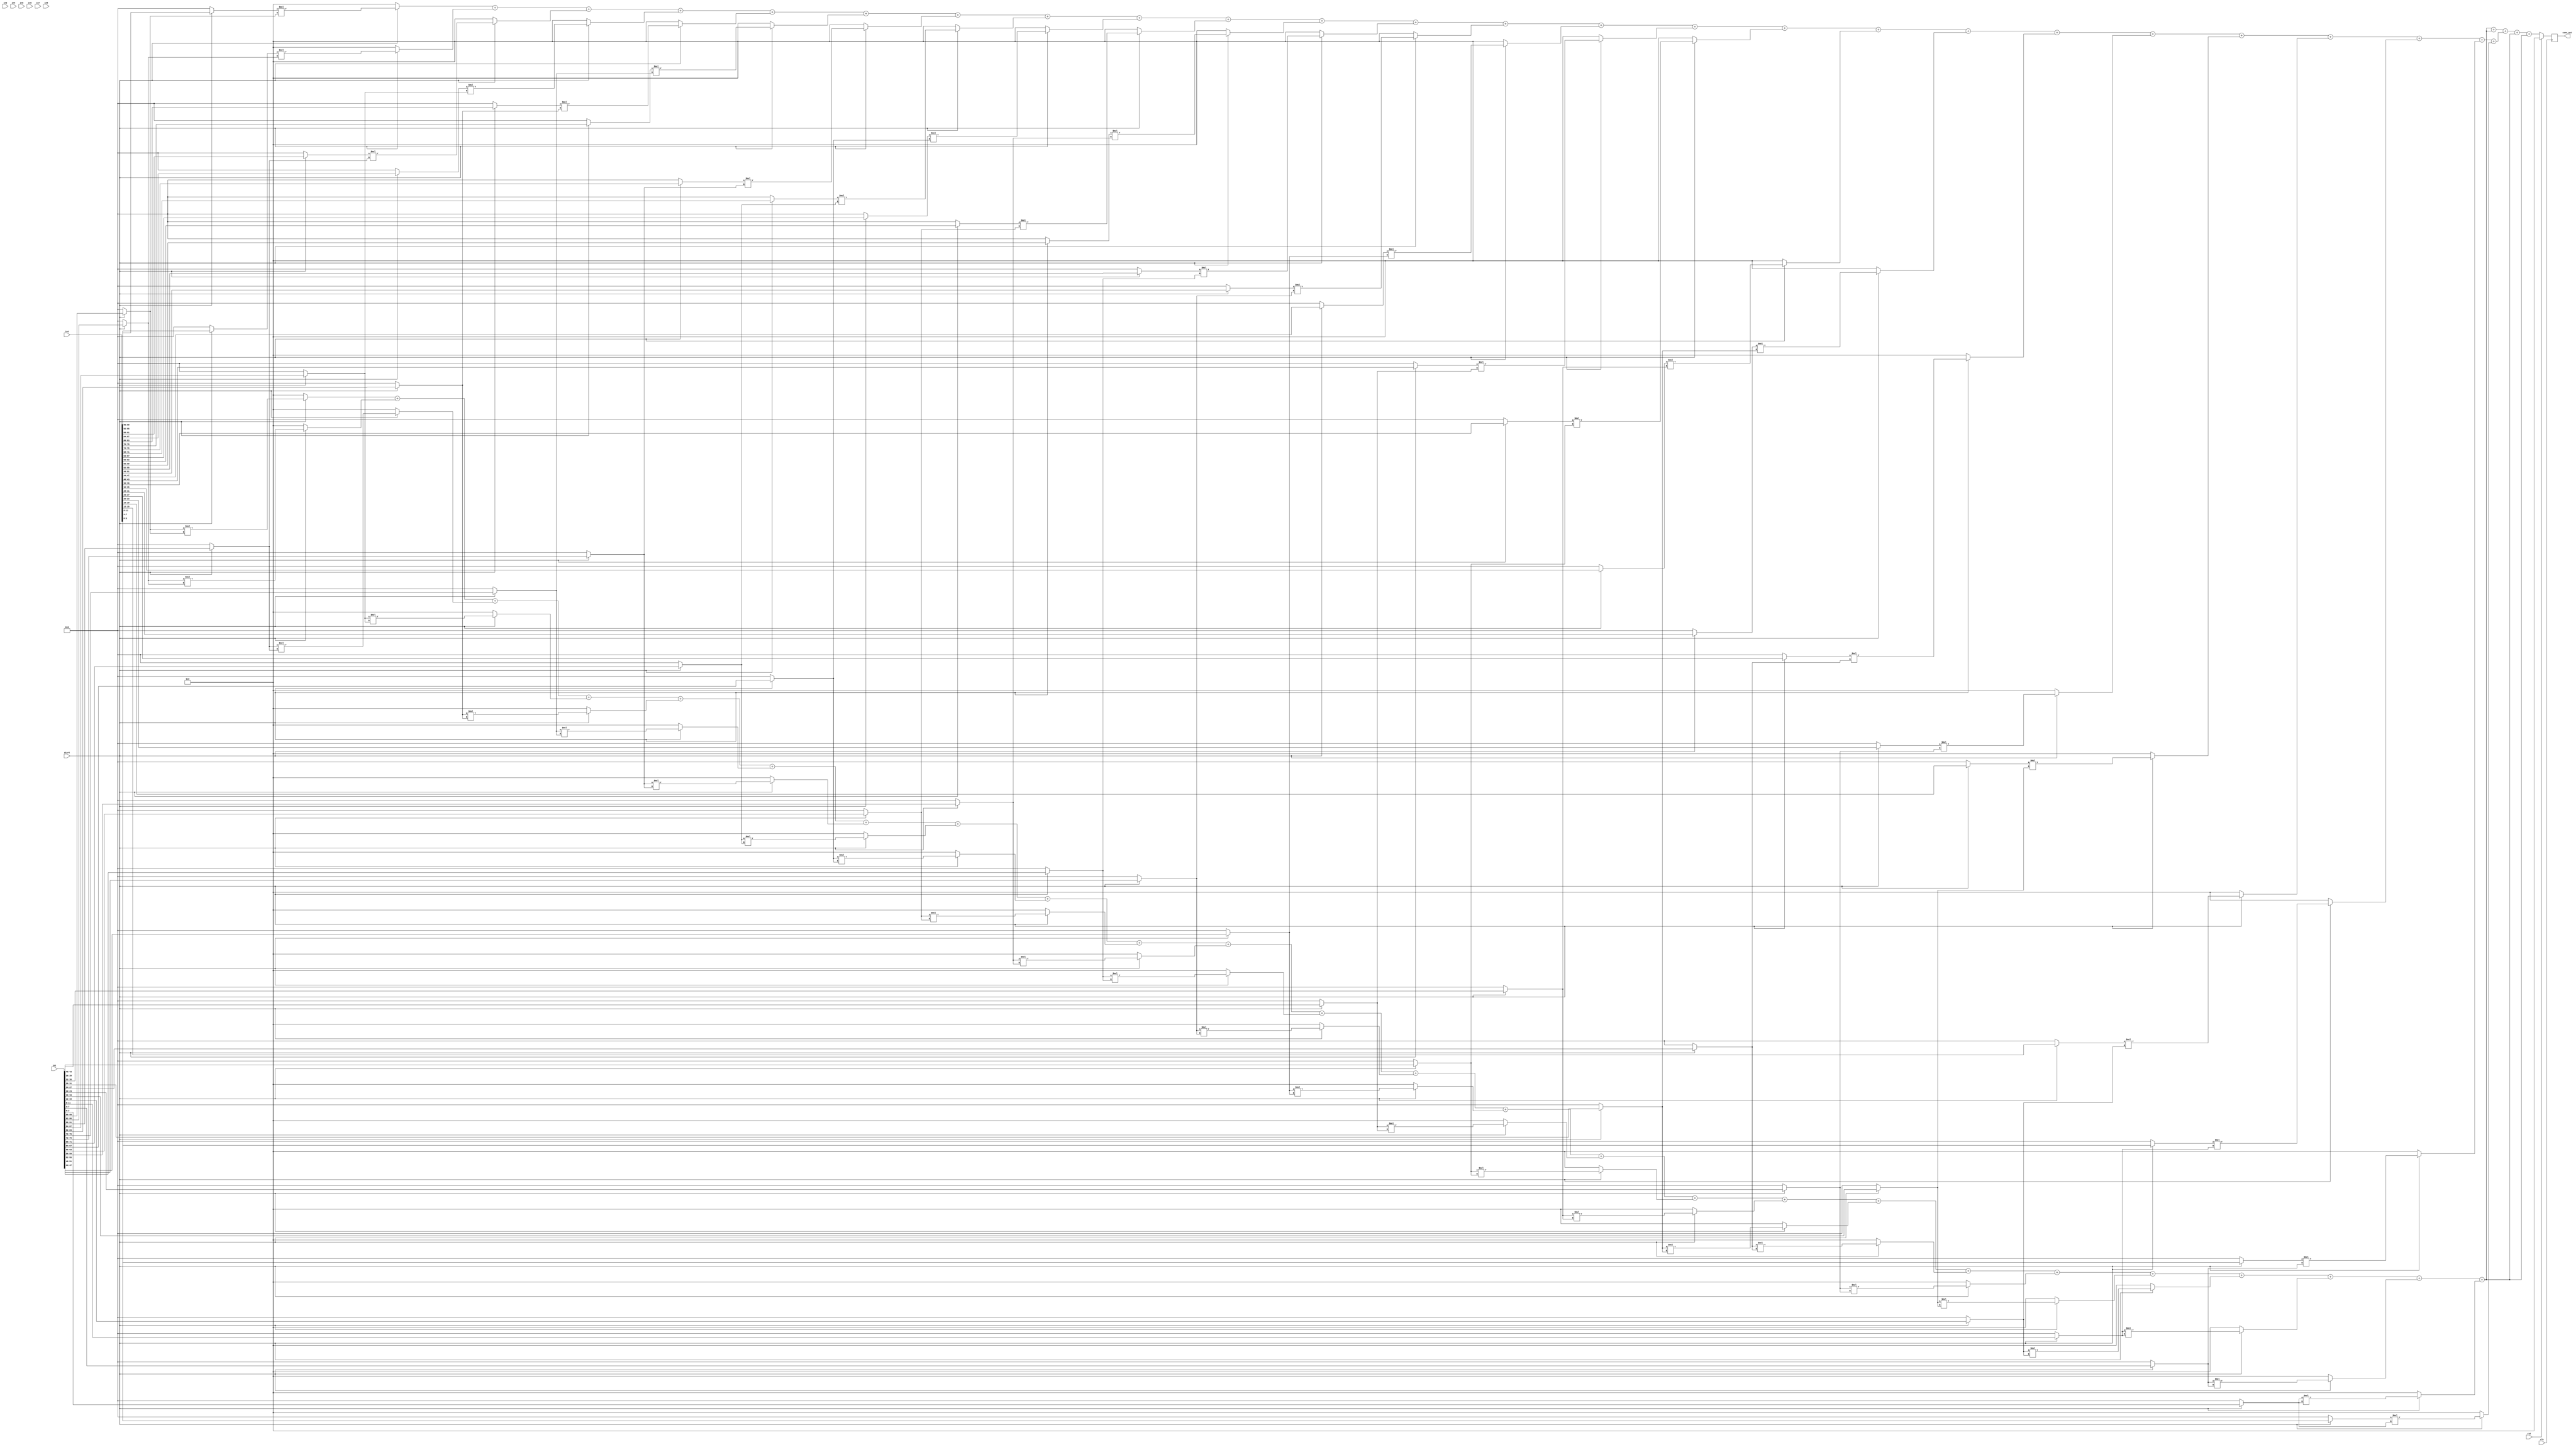
`timescale 1ns / 1ps
//////////////////////////////////////////////////////////////////////////////////
// Company:
// Engineer:
//
// Design Name:
// Module Name:    convolution_stage2
// Project Name:
// Target Devices:
// Tool versions:
// Description:
//
// Dependencies:
//
// Revision:
// Revision 0.01 - File Created
// Additional Comments:
//
//////////////////////////////////////////////////////////////////////////////////
module convolution_stage2 (
          in1,
          in2,
          in3,
          in4,
          in5,
          in6,
          in7,
          in8,
          clk,
          rst,
          start,
          conv_out
  );

//Input and Output declaration
input [99:0] in1, in2, in3, in4, in5, in6, in7, in8;
input         clk, rst, start;
output reg [7:0] conv_out;

//Internal registers and wires declaration
wire  [3:0]  in1_1, in1_2, in1_3, in1_4, in1_5, in1_6, in1_7, in1_8, in1_9, in1_10, in1_11, in1_12, in1_13;
wire [3:0]   in1_14, in1_15, in1_16, in1_17, in1_18, in1_19, in1_20, in1_21, in1_22, in1_23, in1_24, in1_25;
wire  [3:0]  in2_1, in2_2, in2_3, in2_4, in2_5, in2_6, in2_7, in2_8, in2_9, in2_10, in2_11, in2_12, in2_13;
wire [3:0]   in2_14, in2_15, in2_16, in2_17, in2_18, in2_19, in2_20, in2_21, in2_22, in2_23, in2_24, in2_25;
wire  [3:0]  in3_1, in3_2, in3_3, in3_4, in3_5, in3_6, in3_7, in3_8, in3_9, in3_10, in3_11, in3_12, in3_13;
wire [3:0]   in3_14, in3_15, in3_16, in3_17, in3_18, in3_19, in3_20, in3_21, in3_22, in3_23, in3_24, in3_25;
wire  [3:0]  in4_1, in4_2, in4_3, in4_4, in4_5, in4_6, in4_7, in4_8, in4_9, in4_10, in4_11, in4_12, in4_13;
wire [3:0]   in4_14, in4_15, in4_16, in4_17, in4_18, in4_19, in4_20, in4_21, in4_22, in4_23, in4_24, in4_25;
wire  [3:0]  in5_1, in5_2, in5_3, in5_4, in5_5, in5_6, in5_7, in5_8, in5_9, in5_10, in5_11, in5_12, in5_13;
wire [3:0]   in5_14, in5_15, in5_16, in5_17, in5_18, in5_19, in5_20, in5_21, in5_22, in5_23, in5_24, in5_25;
wire  [3:0]  in6_1, in6_2, in6_3, in6_4, in6_5, in6_6, in6_7, in6_8, in6_9, in6_10, in6_11, in6_12, in6_13;
wire [3:0]   in6_14, in6_15, in6_16, in6_17, in6_18, in6_19, in6_20, in6_21, in6_22, in6_23, in6_24, in6_25;
wire  [3:0]  in7_1, in7_2, in7_3, in7_4, in7_5, in7_6, in7_7, in7_8, in7_9, in7_10, in7_11, in7_12, in7_13;
wire [3:0]   in7_14, in7_15, in7_16, in7_17, in7_18, in7_19, in7_20, in7_21, in7_22, in7_23, in7_24, in7_25;
wire  [3:0]  in8_1, in8_2, in8_3, in8_4, in8_5, in8_6, in8_7, in8_8, in8_9, in8_10, in8_11, in8_12, in8_13;
wire [3:0]   in8_14, in8_15, in8_16, in8_17, in8_18, in8_19, in8_20, in8_21, in8_22, in8_23, in8_24, in8_25;
wire [8:0]   sum1, sum2, sum3, sum4;
wire  [7:0]  mul1_1, mul1_2, mul1_3, mul1_4, mul1_5, mul1_6, mul1_7, mul1_8, mul1_9, mul1_10, mul1_11, mul1_12, mul1_13;
wire [7:0]   mul1_14, mul1_15, mul1_16, mul1_17, mul1_18, mul1_19, mul1_20, mul1_21, mul1_22, mul1_23, mul1_24, mul1_25;
wire  [7:0]  mul2_1, mul2_2, mul2_3, mul2_4, mul2_5, mul2_6, mul2_7, mul2_8, mul2_9, mul2_10, mul2_11, mul2_12, mul2_13;
wire [7:0]   mul2_14, mul2_15, mul2_16, mul2_17, mul2_18, mul2_19, mul2_20, mul2_21, mul2_22, mul2_23, mul2_24, mul2_25;
wire  [7:0]  mul3_1, mul3_2, mul3_3, mul3_4, mul3_5, mul3_6, mul3_7, mul3_8, mul3_9, mul3_10, mul3_11, mul3_12, mul3_13;
wire [7:0]   mul3_14, mul3_15, mul3_16, mul3_17, mul3_18, mul3_19, mul3_20, mul3_21, mul3_22, mul3_23, mul3_24, mul3_25;
wire  [7:0]  mul4_1, mul4_2, mul4_3, mul4_4, mul4_5, mul4_6, mul4_7, mul4_8, mul4_9, mul4_10, mul4_11, mul4_12, mul4_13;
wire [7:0]   mul4_14, mul4_15, mul4_16, mul4_17, mul4_18, mul4_19, mul4_20, mul4_21, mul4_22, mul4_23, mul4_24, mul4_25;
wire [8:0]   temp_out;


//Top to bottom logic flow

//output logic
always @ ( posedge clk ) begin
  if (rst) begin
  conv_out  <=  0;
  end
  else
    begin
      conv_out <= temp_out[7:0];
    end
end


//determining input to multipliers from the module inputs

assign in1_1 	= (start) ? in1[99:96]   	: 4'h0;
assign in1_2 	= (start) ? in1[95:92]   	: 4'h0;
assign in1_3 	= (start) ? in1[91:88]   	: 4'h0;
assign in1_4 	= (start) ? in1[87:84]   	: 4'h0;
assign in1_5 	= (start) ? in1[83:80]   	: 4'h0;
assign in1_6 	= (start) ? in1[79:76]   	: 4'h0;
assign in1_7 	= (start) ? in1[75:72]   	: 4'h0;
assign in1_8 	= (start) ? in1[71:68]   	: 4'h0;
assign in1_9 	= (start) ? in1[67:64]   	: 4'h0;
assign in1_10 	= (start) ? in1[63:60]  	: 4'h0;
assign in1_11 	= (start) ? in1[59:56]  	: 4'h0;
assign in1_12 	= (start) ? in1[55:52]  	: 4'h0;
assign in1_13 	= (start) ? in1[51:48]  	: 4'h0;
assign in1_14	= (start) ? in1[47:44]  	: 4'h0;
assign in1_15 	= (start) ? in1[43:40]  	: 4'h0;
assign in1_16 	= (start) ? in1[39:36]  	: 4'h0;
assign in1_17 	= (start) ? in1[35:32]  	: 4'h0;
assign in1_18 	= (start) ? in1[31:28]  	: 4'h0;
assign in1_19 	= (start) ? in1[27:24]  	: 4'h0;
assign in1_20 	= (start) ? in1[23:20]  	: 4'h0;
assign in1_21 	= (start) ? in1[19:16]  	: 4'h0;
assign in1_22 	= (start) ? in1[15:12]  	: 4'h0;
assign in1_23 	= (start) ? in1[11:8]   	: 4'h0;
assign in1_24 	= (start) ? in1[7:4]    	: 4'h0;
assign in1_25 	= (start) ? in1[3:0]   		: 4'h0;

assign in2_1 	= (start) ? in2[99:96]   	: 4'h0;
assign in2_2 	= (start) ? in2[95:92]   	: 4'h0;
assign in2_3 	= (start) ? in2[91:88]   	: 4'h0;
assign in2_4 	= (start) ? in2[87:84]   	: 4'h0;
assign in2_5 	= (start) ? in2[83:80]   	: 4'h0;
assign in2_6 	= (start) ? in2[79:76]   	: 4'h0;
assign in2_7 	= (start) ? in2[75:72]   	: 4'h0;
assign in2_8 	= (start) ? in2[71:68]   	: 4'h0;
assign in2_9 	= (start) ? in2[67:64]   	: 4'h0;
assign in2_10 	= (start) ? in2[63:60]  	: 4'h0;
assign in2_11 	= (start) ? in2[59:56]  	: 4'h0;
assign in2_12 	= (start) ? in2[55:52]  	: 4'h0;
assign in2_13 	= (start) ? in2[51:48]  	: 4'h0;
assign in2_14	= (start) ? in2[47:44]  	: 4'h0;
assign in2_15 	= (start) ? in2[43:40]  	: 4'h0;
assign in2_16 	= (start) ? in2[39:36]  	: 4'h0;
assign in2_17 	= (start) ? in2[35:32]  	: 4'h0;
assign in2_18 	= (start) ? in2[31:28]  	: 4'h0;
assign in2_19 	= (start) ? in2[27:24]  	: 4'h0;
assign in2_20 	= (start) ? in2[23:20]  	: 4'h0;
assign in2_21 	= (start) ? in2[19:16]  	: 4'h0;
assign in2_22 	= (start) ? in2[15:12]  	: 4'h0;
assign in2_23 	= (start) ? in2[11:8]   	: 4'h0;
assign in2_24 	= (start) ? in2[7:4]    	: 4'h0;
assign in2_25 	= (start) ? in2[3:0]   		: 4'h0;

assign in3_1 	= (start) ? in1[99:96]   	: 4'h0;
assign in3_2 	= (start) ? in1[95:92]   	: 4'h0;
assign in3_3 	= (start) ? in1[91:88]   	: 4'h0;
assign in3_4 	= (start) ? in1[87:84]   	: 4'h0;
assign in3_5 	= (start) ? in1[83:80]   	: 4'h0;
assign in3_6 	= (start) ? in1[79:76]   	: 4'h0;
assign in3_7 	= (start) ? in1[75:72]   	: 4'h0;
assign in3_8 	= (start) ? in1[71:68]   	: 4'h0;
assign in3_9 	= (start) ? in1[67:64]   	: 4'h0;
assign in3_10 	= (start) ? in1[63:60]  	: 4'h0;
assign in3_11 	= (start) ? in1[59:56]  	: 4'h0;
assign in3_12 	= (start) ? in1[55:52]  	: 4'h0;
assign in3_13 	= (start) ? in1[51:48]  	: 4'h0;
assign in3_14	= (start) ? in1[47:44]  	: 4'h0;
assign in3_15 	= (start) ? in1[43:40]  	: 4'h0;
assign in3_16 	= (start) ? in1[39:36]  	: 4'h0;
assign in3_17 	= (start) ? in1[35:32]  	: 4'h0;
assign in3_18 	= (start) ? in1[31:28]  	: 4'h0;
assign in3_19 	= (start) ? in1[27:24]  	: 4'h0;
assign in3_20 	= (start) ? in1[23:20]  	: 4'h0;
assign in3_21 	= (start) ? in1[19:16]  	: 4'h0;
assign in3_22 	= (start) ? in1[15:12]  	: 4'h0;
assign in3_23 	= (start) ? in1[11:8]   	: 4'h0;
assign in3_24 	= (start) ? in1[7:4]    	: 4'h0;
assign in3_25 	= (start) ? in1[3:0]   		: 4'h0;

assign in4_1 	= (start) ? in1[99:96]   	: 4'h0;
assign in4_2 	= (start) ? in1[95:92]   	: 4'h0;
assign in4_3 	= (start) ? in1[91:88]   	: 4'h0;
assign in4_4 	= (start) ? in1[87:84]   	: 4'h0;
assign in4_5 	= (start) ? in1[83:80]   	: 4'h0;
assign in4_6 	= (start) ? in1[79:76]   	: 4'h0;
assign in4_7 	= (start) ? in1[75:72]   	: 4'h0;
assign in4_8 	= (start) ? in1[71:68]   	: 4'h0;
assign in4_9 	= (start) ? in1[67:64]   	: 4'h0;
assign in4_10 	= (start) ? in1[63:60]  	: 4'h0;
assign in4_11 	= (start) ? in1[59:56]  	: 4'h0;
assign in4_12 	= (start) ? in1[55:52]  	: 4'h0;
assign in4_13 	= (start) ? in1[51:48]  	: 4'h0;
assign in4_14	= (start) ? in1[47:44]  	: 4'h0;
assign in4_15 	= (start) ? in1[43:40]  	: 4'h0;
assign in4_16 	= (start) ? in1[39:36]  	: 4'h0;
assign in4_17 	= (start) ? in1[35:32]  	: 4'h0;
assign in4_18 	= (start) ? in1[31:28]  	: 4'h0;
assign in4_19 	= (start) ? in1[27:24]  	: 4'h0;
assign in4_20 	= (start) ? in1[23:20]  	: 4'h0;
assign in4_21 	= (start) ? in1[19:16]  	: 4'h0;
assign in4_22 	= (start) ? in1[15:12]  	: 4'h0;
assign in4_23 	= (start) ? in1[11:8]   	: 4'h0;
assign in4_24 	= (start) ? in1[7:4]    	: 4'h0;
assign in4_25 	= (start) ? in1[3:0]   		: 4'h0;

assign in5_1 	= (start) ? in1[99:96]   	: 4'h0;
assign in5_2 	= (start) ? in1[95:92]   	: 4'h0;
assign in5_3 	= (start) ? in1[91:88]   	: 4'h0;
assign in5_4 	= (start) ? in1[87:84]   	: 4'h0;
assign in5_5 	= (start) ? in1[83:80]   	: 4'h0;
assign in5_6 	= (start) ? in1[79:76]   	: 4'h0;
assign in5_7 	= (start) ? in1[75:72]   	: 4'h0;
assign in5_8 	= (start) ? in1[71:68]   	: 4'h0;
assign in5_9 	= (start) ? in1[67:64]   	: 4'h0;
assign in5_10 	= (start) ? in1[63:60]  	: 4'h0;
assign in5_11 	= (start) ? in1[59:56]  	: 4'h0;
assign in5_12 	= (start) ? in1[55:52]  	: 4'h0;
assign in5_13 	= (start) ? in1[51:48]  	: 4'h0;
assign in5_14	= (start) ? in1[47:44]  	: 4'h0;
assign in5_15 	= (start) ? in1[43:40]  	: 4'h0;
assign in5_16 	= (start) ? in1[39:36]  	: 4'h0;
assign in5_17 	= (start) ? in1[35:32]  	: 4'h0;
assign in5_18 	= (start) ? in1[31:28]  	: 4'h0;
assign in5_19 	= (start) ? in1[27:24]  	: 4'h0;
assign in5_20 	= (start) ? in1[23:20]  	: 4'h0;
assign in5_21 	= (start) ? in1[19:16]  	: 4'h0;
assign in5_22 	= (start) ? in1[15:12]  	: 4'h0;
assign in5_23 	= (start) ? in1[11:8]   	: 4'h0;
assign in5_24 	= (start) ? in1[7:4]    	: 4'h0;
assign in5_25 	= (start) ? in1[3:0]   		: 4'h0;

assign in6_1 	= (start) ? in1[99:96]   	: 4'h0;
assign in6_2 	= (start) ? in1[95:92]   	: 4'h0;
assign in6_3 	= (start) ? in1[91:88]   	: 4'h0;
assign in6_4 	= (start) ? in1[87:84]   	: 4'h0;
assign in6_5 	= (start) ? in1[83:80]   	: 4'h0;
assign in6_6 	= (start) ? in1[79:76]   	: 4'h0;
assign in6_7 	= (start) ? in1[75:72]   	: 4'h0;
assign in6_8 	= (start) ? in1[71:68]   	: 4'h0;
assign in6_9 	= (start) ? in1[67:64]   	: 4'h0;
assign in6_10 	= (start) ? in1[63:60]  	: 4'h0;
assign in6_11 	= (start) ? in1[59:56]  	: 4'h0;
assign in6_12 	= (start) ? in1[55:52]  	: 4'h0;
assign in6_13 	= (start) ? in1[51:48]  	: 4'h0;
assign in6_14	= (start) ? in1[47:44]  	: 4'h0;
assign in6_15 	= (start) ? in1[43:40]  	: 4'h0;
assign in6_16 	= (start) ? in1[39:36]  	: 4'h0;
assign in6_17 	= (start) ? in1[35:32]  	: 4'h0;
assign in6_18 	= (start) ? in1[31:28]  	: 4'h0;
assign in6_19 	= (start) ? in1[27:24]  	: 4'h0;
assign in6_20 	= (start) ? in1[23:20]  	: 4'h0;
assign in6_21 	= (start) ? in1[19:16]  	: 4'h0;
assign in6_22 	= (start) ? in1[15:12]  	: 4'h0;
assign in6_23 	= (start) ? in1[11:8]   	: 4'h0;
assign in6_24 	= (start) ? in1[7:4]    	: 4'h0;
assign in6_25 	= (start) ? in1[3:0]   		: 4'h0;

assign in7_1 	= (start) ? in1[99:96]   	: 4'h0;
assign in7_2 	= (start) ? in1[95:92]   	: 4'h0;
assign in7_3 	= (start) ? in1[91:88]   	: 4'h0;
assign in7_4 	= (start) ? in1[87:84]   	: 4'h0;
assign in7_5 	= (start) ? in1[83:80]   	: 4'h0;
assign in7_6 	= (start) ? in1[79:76]   	: 4'h0;
assign in7_7 	= (start) ? in1[75:72]   	: 4'h0;
assign in7_8 	= (start) ? in1[71:68]   	: 4'h0;
assign in7_9 	= (start) ? in1[67:64]   	: 4'h0;
assign in7_10 	= (start) ? in1[63:60]  	: 4'h0;
assign in7_11 	= (start) ? in1[59:56]  	: 4'h0;
assign in7_12 	= (start) ? in1[55:52]  	: 4'h0;
assign in7_13 	= (start) ? in1[51:48]  	: 4'h0;
assign in7_14	= (start) ? in1[47:44]  	: 4'h0;
assign in7_15 	= (start) ? in1[43:40]  	: 4'h0;
assign in7_16 	= (start) ? in1[39:36]  	: 4'h0;
assign in7_17 	= (start) ? in1[35:32]  	: 4'h0;
assign in7_18 	= (start) ? in1[31:28]  	: 4'h0;
assign in7_19 	= (start) ? in1[27:24]  	: 4'h0;
assign in7_20 	= (start) ? in1[23:20]  	: 4'h0;
assign in7_21 	= (start) ? in1[19:16]  	: 4'h0;
assign in7_22 	= (start) ? in1[15:12]  	: 4'h0;
assign in7_23 	= (start) ? in1[11:8]   	: 4'h0;
assign in7_24 	= (start) ? in1[7:4]    	: 4'h0;
assign in7_25 	= (start) ? in1[3:0]   		: 4'h0;

assign in8_1 	= (start) ? in1[99:96]   	: 4'h0;
assign in8_2 	= (start) ? in1[95:92]   	: 4'h0;
assign in8_3 	= (start) ? in1[91:88]   	: 4'h0;
assign in8_4 	= (start) ? in1[87:84]   	: 4'h0;
assign in8_5 	= (start) ? in1[83:80]   	: 4'h0;
assign in8_6 	= (start) ? in1[79:76]   	: 4'h0;
assign in8_7 	= (start) ? in1[75:72]   	: 4'h0;
assign in8_8 	= (start) ? in1[71:68]   	: 4'h0;
assign in8_9 	= (start) ? in1[67:64]   	: 4'h0;
assign in8_10 	= (start) ? in1[63:60]  	: 4'h0;
assign in8_11 	= (start) ? in1[59:56]  	: 4'h0;
assign in8_12 	= (start) ? in1[55:52]  	: 4'h0;
assign in8_13 	= (start) ? in1[51:48]  	: 4'h0;
assign in8_14	= (start) ? in1[47:44]  	: 4'h0;
assign in8_15 	= (start) ? in1[43:40]  	: 4'h0;
assign in8_16 	= (start) ? in1[39:36]  	: 4'h0;
assign in8_17 	= (start) ? in1[35:32]  	: 4'h0;
assign in8_18 	= (start) ? in1[31:28]  	: 4'h0;
assign in8_19 	= (start) ? in1[27:24]  	: 4'h0;
assign in8_20 	= (start) ? in1[23:20]  	: 4'h0;
assign in8_21 	= (start) ? in1[19:16]  	: 4'h0;
assign in8_22 	= (start) ? in1[15:12]  	: 4'h0;
assign in8_23 	= (start) ? in1[11:8]   	: 4'h0;
assign in8_24 	= (start) ? in1[7:4]    	: 4'h0;
assign in8_25 	= (start) ? in1[3:0]   		: 4'h0;


//generating all multiplications

assign mul1_1 = (start) ? (in1_1 * in5_1) : 8'h00;
assign mul1_2 = (start) ? (in1_2 * in5_2) : 8'h00;
assign mul1_3 = (start) ? (in1_3 * in5_3) : 8'h00;
assign mul1_4 = (start) ? (in1_4 * in5_4) : 8'h00;
assign mul1_5 = (start) ? (in1_5 * in5_5) : 8'h00;
assign mul1_6 = (start) ? (in1_6 * in5_6) : 8'h00;
assign mul1_7 = (start) ? (in1_7 * in5_7) : 8'h00;
assign mul1_8 = (start) ? (in1_8 * in5_8) : 8'h00;
assign mul1_9 = (start) ? (in1_9 * in5_9) : 8'h00;
assign mul1_10 = (start) ? (in1_10 * in5_10) : 8'h00;
assign mul1_11 = (start) ? (in1_11 * in5_11) : 8'h00;
assign mul1_12 = (start) ? (in1_12 * in5_12) : 8'h00;
assign mul1_13 = (start) ? (in1_13 * in5_13) : 8'h00;
assign mul1_14 = (start) ? (in1_14 * in5_14) : 8'h00;
assign mul1_15 = (start) ? (in1_15 * in5_15) : 8'h00;
assign mul1_16 = (start) ? (in1_16 * in5_16) : 8'h00;
assign mul1_17 = (start) ? (in1_17 * in5_17) : 8'h00;
assign mul1_18 = (start) ? (in1_18 * in5_18) : 8'h00;
assign mul1_19 = (start) ? (in1_19 * in5_19) : 8'h00;
assign mul1_20 = (start) ? (in1_20 * in5_20) : 8'h00;
assign mul1_21 = (start) ? (in1_21 * in5_21) : 8'h00;
assign mul1_22 = (start) ? (in1_22 * in5_22) : 8'h00;
assign mul1_23 = (start) ? (in1_23 * in5_23) : 8'h00;
assign mul1_24 = (start) ? (in1_24 * in5_24) : 8'h00;
assign mul1_25 = (start) ? (in1_25 * in5_25) : 8'h00;

assign mul2_1 = (start) ? (in2_1 * in6_1) : 8'h00;
assign mul2_2 = (start) ? (in2_2 * in6_2) : 8'h00;
assign mul2_3 = (start) ? (in2_3 * in6_3) : 8'h00;
assign mul2_4 = (start) ? (in2_4 * in6_4) : 8'h00;
assign mul2_5 = (start) ? (in2_5 * in6_5) : 8'h00;
assign mul2_6 = (start) ? (in2_6 * in6_6) : 8'h00;
assign mul2_7 = (start) ? (in2_7 * in6_7) : 8'h00;
assign mul2_8 = (start) ? (in2_8 * in6_8) : 8'h00;
assign mul2_9 = (start) ? (in2_9 * in6_9) : 8'h00;
assign mul2_10 = (start) ? (in2_10 * in6_10) : 8'h00;
assign mul2_11 = (start) ? (in2_11 * in6_11) : 8'h00;
assign mul2_12 = (start) ? (in2_12 * in6_12) : 8'h00;
assign mul2_13 = (start) ? (in2_13 * in6_13) : 8'h00;
assign mul2_14 = (start) ? (in2_14 * in6_14) : 8'h00;
assign mul2_15 = (start) ? (in2_15 * in6_15) : 8'h00;
assign mul2_16 = (start) ? (in2_16 * in6_16) : 8'h00;
assign mul2_17 = (start) ? (in2_17 * in6_17) : 8'h00;
assign mul2_18 = (start) ? (in2_18 * in6_18) : 8'h00;
assign mul2_19 = (start) ? (in2_19 * in6_19) : 8'h00;
assign mul2_20 = (start) ? (in2_20 * in6_20) : 8'h00;
assign mul2_21 = (start) ? (in2_21 * in6_21) : 8'h00;
assign mul2_22 = (start) ? (in2_22 * in6_22) : 8'h00;
assign mul2_23 = (start) ? (in2_23 * in6_23) : 8'h00;
assign mul2_24 = (start) ? (in2_24 * in6_24) : 8'h00;
assign mul2_25 = (start) ? (in2_25 * in6_25) : 8'h00;

assign mul3_1 = (start) ? (in3_1 * in7_1) : 8'h00;
assign mul3_2 = (start) ? (in3_2 * in7_2) : 8'h00;
assign mul3_3 = (start) ? (in3_3 * in7_3) : 8'h00;
assign mul3_4 = (start) ? (in3_4 * in7_4) : 8'h00;
assign mul3_5 = (start) ? (in3_5 * in7_5) : 8'h00;
assign mul3_6 = (start) ? (in3_6 * in7_6) : 8'h00;
assign mul3_7 = (start) ? (in3_7 * in7_7) : 8'h00;
assign mul3_8 = (start) ? (in3_8 * in7_8) : 8'h00;
assign mul3_9 = (start) ? (in3_9 * in7_9) : 8'h00;
assign mul3_10 = (start) ? (in3_10 * in7_10) : 8'h00;
assign mul3_11 = (start) ? (in3_11 * in7_11) : 8'h00;
assign mul3_12 = (start) ? (in3_12 * in7_12) : 8'h00;
assign mul3_13 = (start) ? (in3_13 * in7_13) : 8'h00;
assign mul3_14 = (start) ? (in3_14 * in7_14) : 8'h00;
assign mul3_15 = (start) ? (in3_15 * in7_15) : 8'h00;
assign mul3_16 = (start) ? (in3_16 * in7_16) : 8'h00;
assign mul3_17 = (start) ? (in3_17 * in7_17) : 8'h00;
assign mul3_18 = (start) ? (in3_18 * in7_18) : 8'h00;
assign mul3_19 = (start) ? (in3_19 * in7_19) : 8'h00;
assign mul3_20 = (start) ? (in3_20 * in7_20) : 8'h00;
assign mul3_21 = (start) ? (in3_21 * in7_21) : 8'h00;
assign mul3_22 = (start) ? (in3_22 * in7_22) : 8'h00;
assign mul3_23 = (start) ? (in3_23 * in7_23) : 8'h00;
assign mul3_24 = (start) ? (in3_24 * in7_24) : 8'h00;
assign mul3_25 = (start) ? (in3_25 * in7_25) : 8'h00;

assign mul4_1 = (start) ? (in4_1 * in8_1) : 8'h00;
assign mul4_2 = (start) ? (in4_2 * in8_2) : 8'h00;
assign mul4_3 = (start) ? (in4_3 * in8_3) : 8'h00;
assign mul4_4 = (start) ? (in4_4 * in8_4) : 8'h00;
assign mul4_5 = (start) ? (in4_5 * in8_5) : 8'h00;
assign mul4_6 = (start) ? (in4_6 * in8_6) : 8'h00;
assign mul4_7 = (start) ? (in4_7 * in8_7) : 8'h00;
assign mul4_8 = (start) ? (in4_8 * in8_8) : 8'h00;
assign mul4_9 = (start) ? (in4_9 * in8_9) : 8'h00;
assign mul4_10 = (start) ? (in4_10 * in8_10) : 8'h00;
assign mul4_11 = (start) ? (in4_11 * in8_11) : 8'h00;
assign mul4_12 = (start) ? (in4_12 * in8_12) : 8'h00;
assign mul4_13 = (start) ? (in4_13 * in8_13) : 8'h00;
assign mul4_14 = (start) ? (in4_14 * in8_14) : 8'h00;
assign mul4_15 = (start) ? (in4_15 * in8_15) : 8'h00;
assign mul4_16 = (start) ? (in4_16 * in8_16) : 8'h00;
assign mul4_17 = (start) ? (in4_17 * in8_17) : 8'h00;
assign mul4_18 = (start) ? (in4_18 * in8_18) : 8'h00;
assign mul4_19 = (start) ? (in4_19 * in8_19) : 8'h00;
assign mul4_20 = (start) ? (in4_20 * in8_20) : 8'h00;
assign mul4_21 = (start) ? (in4_21 * in8_21) : 8'h00;
assign mul4_22 = (start) ? (in4_22 * in8_22) : 8'h00;
assign mul4_23 = (start) ? (in4_23 * in8_23) : 8'h00;
assign mul4_24 = (start) ? (in4_24 * in8_24) : 8'h00;
assign mul4_25 = (start) ? (in4_25 * in8_25) : 8'h00;

//generating all summation of multiplications

assign sum1 = mul1_1 + mul1_2 + mul1_3 + mul1_4 + mul1_5 + mul1_6 + mul1_7 + mul1_8 + mul1_9 + mul1_10 + mul1_11 + mul1_12 + mul1_13 + mul1_14 +
              mul1_15 + mul1_16 + mul1_17 + mul1_18 + mul1_19 + mul1_20 + mul1_21 + mul1_22 + mul1_23 + mul1_24 + mul1_25;
assign sum2 = mul2_1 + mul2_2 + mul2_3 + mul2_4 + mul2_5 + mul2_6 + mul2_7 + mul2_8 + mul2_9 + mul2_10 + mul2_11 + mul2_12 + mul2_13 + mul2_14 +
              mul2_15 + mul2_16 + mul2_17 + mul2_18 + mul2_19 + mul2_20 + mul2_21 + mul2_22 + mul2_23 + mul2_24 + mul2_25;
assign sum3 = mul3_1 + mul3_2 + mul3_3 + mul3_4 + mul3_5 + mul3_6 + mul3_7 + mul3_8 + mul3_9 + mul3_10 + mul3_11 + mul3_12 + mul3_13 + mul3_14 +
              mul3_15 + mul3_16 + mul3_17 + mul3_18 + mul3_19 + mul3_20 + mul3_21 + mul3_22 + mul3_23 + mul3_24 + mul3_25;
assign sum4 = mul4_1 + mul4_2 + mul4_3 + mul4_4 + mul4_5 + mul4_6 + mul4_7 + mul4_8 + mul4_9 + mul4_10 + mul4_11 + mul4_12 + mul4_13 + mul4_14 +
              mul4_15 + mul4_16 + mul4_17 + mul4_18 + mul4_19 + mul4_20 + mul4_21 + mul4_22 + mul4_23 + mul4_24 + mul4_25;

//generating output from summation of all multiplications
assign temp_out = sum1  + sum3 + sum2  + sum3  + sum4;


endmodule //convolution_stage2